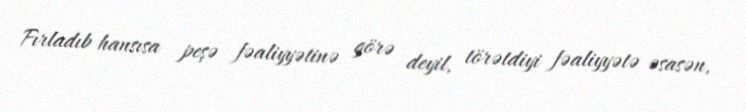
Fırladıb hansısa peşə fəaliyyətinə görə deyil, törətdiyi fəaliyyətə əsasən,